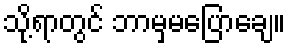
သို့ရာတွင် ဘာမှမပြောချေ။